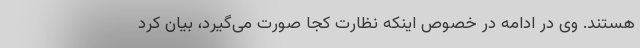
هستند. وی در ادامه در خصوص اینکه نظارت کجا صورت می‌گیرد، بیان کرد